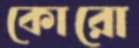
কোরো